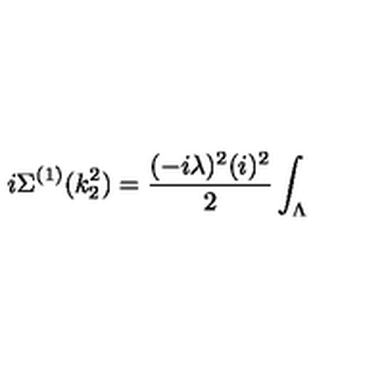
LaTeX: i \Sigma ^ { ( 1 ) } ( k _ { 2 } ^ { 2 } ) = \frac { ( - i \lambda ) ^ { 2 } ( i ) ^ { 2 } } { 2 } \int _ { \Lambda }